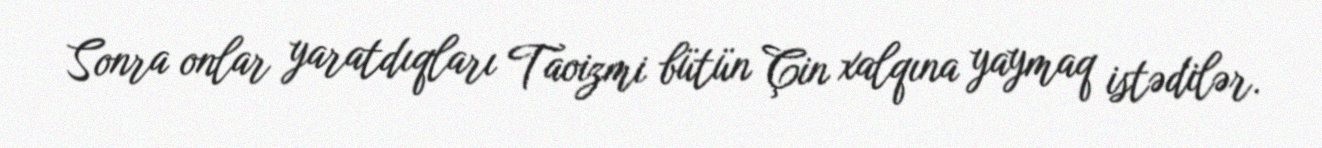
Sonra onlar yaratdıqları Taoizmi bütün Çin xalqına yaymaq istədilər.